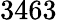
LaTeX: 3463